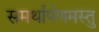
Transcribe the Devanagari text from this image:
समर्थार्पणमस्तु